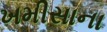
ખમીસાના